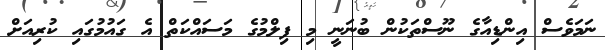
ނަމަވެސް އިންޑިއާގެ ނޫސްތަކުން ބުނަނީ މި ފިލްމުގެ މަސައްކަތް އެ ގައުމުގައި ކުރިއަށް